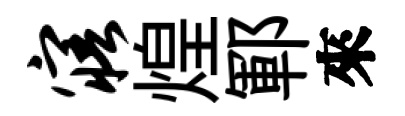
寤煌鄆來